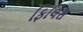
ફિલિસ